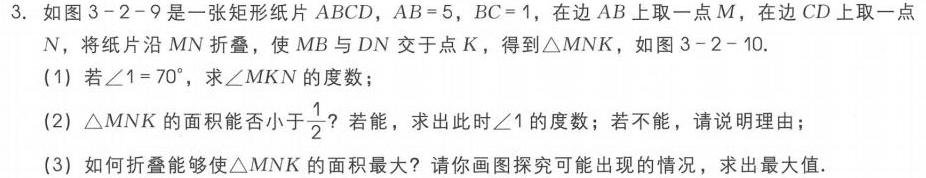
3. 如图3 - 2 - 9是一张矩形纸片\(ABCD\)，\(AB = 5\)，\(BC = 1\)，在边\(AB\)上取一点\(M\)，在边\(CD\)上取一点\(N\)，将纸片沿\(MN\)折叠，使\(MB\)与\(DN\)交于点\(K\)，得到\(\triangle MNK\)，如图3 - 2 - 10.
(1) 若\(\angle1 = 70^{\circ}\)，求\(\angle MKN\)的度数；
(2) \(\triangle MNK\)的面积能否小于\(\frac{1}{2}\)？若能，求出此时\(\angle1\)的度数；若不能，请说明理由；
(3) 如何折叠能够使\(\triangle MNK\)的面积最大？请你画图探究可能出现的情况，求出最大值.